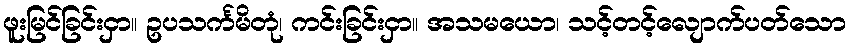
ဖူးမြင်ခြင်းငှာ။ ဥပသင်္ကမိတုံ၊ ကင်းခြင်းငှာ။ အသမယော၊ သင့်တင့်လျောက်ပတ်သော